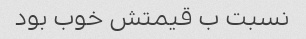
نسبت ب قیمتش خوب بود